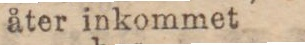
åter inkommet